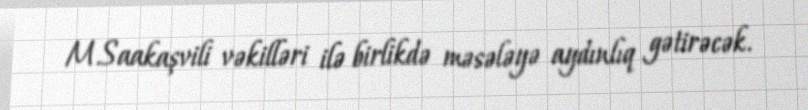
M.Saakaşvili vəkilləri ilə birlikdə məsələyə aydınlıq gətirəcək.